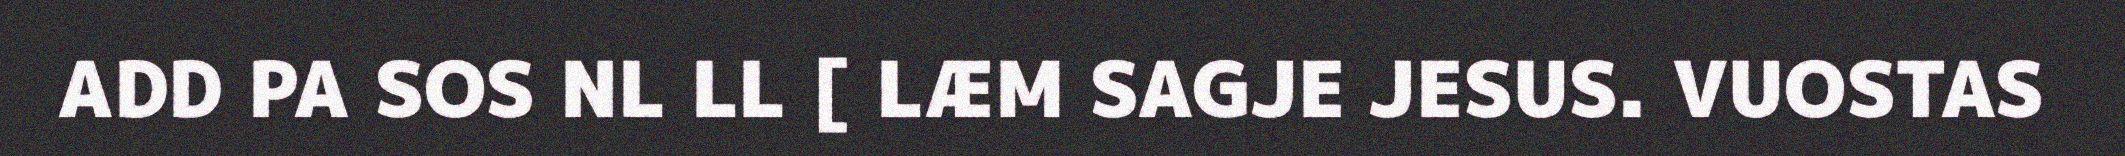
ADD PA SOS NL LL [ LÆM SAGJE JESUS. VUOSTAS